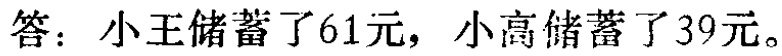
答：小王储蓄了61元，小高储蓄了39元。